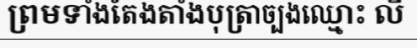
ព្រមទាំងតែងតាំងបុត្រាច្បងឈ្មោះ លី